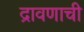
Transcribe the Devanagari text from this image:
द्रावणाची